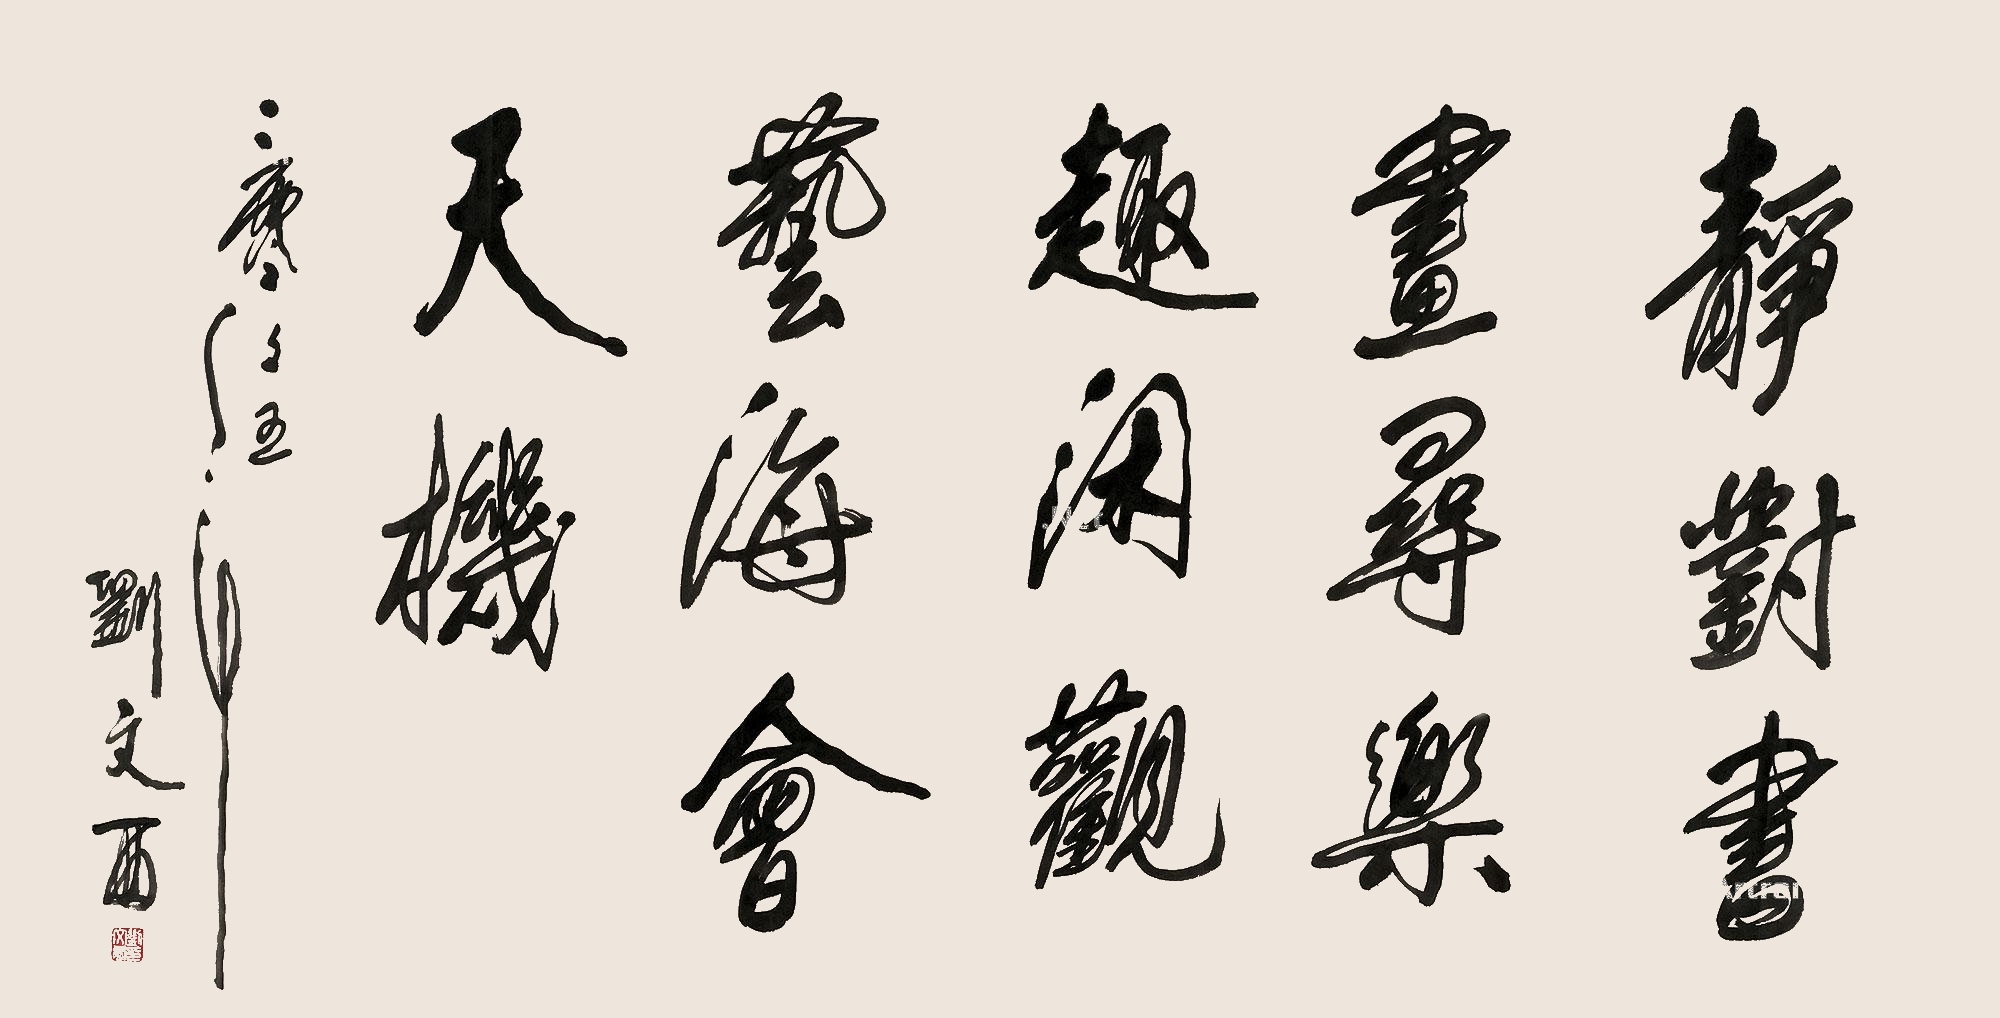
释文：静对书画寻乐趣，闲观艺海会天机。二零零五年，刘文西。